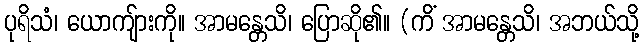
ပုရိသံ၊ ယောကျ်ားကို။ အာမန္တေသိ၊ ပြောဆို၏။ (ကိံ အာမန္တေသိ၊ အဘယ်သို့